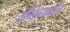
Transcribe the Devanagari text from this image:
डब्लिनमधील